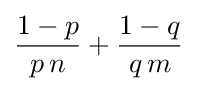
{\frac {1-p}{p\,n}}+{\frac {1-q}{q\,m}}